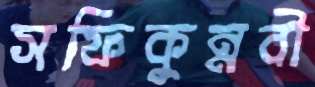
সফিকুন্নবী